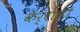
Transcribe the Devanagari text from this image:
केर्राड़ो